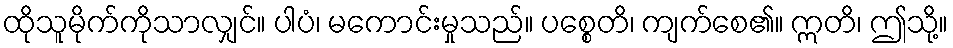
ထိုသူမိုက်ကိုသာလျှင်။ ပါပံ၊ မကောင်းမှုသည်။ ပစ္စေတိ၊ ကျက်စေ၏။ ဣတိ၊ ဤသို့။